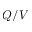
Q / V